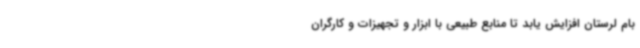
بام لرستان افزایش یابد تا منابع طبیعی با ابزار و تجهیزات و کارگران